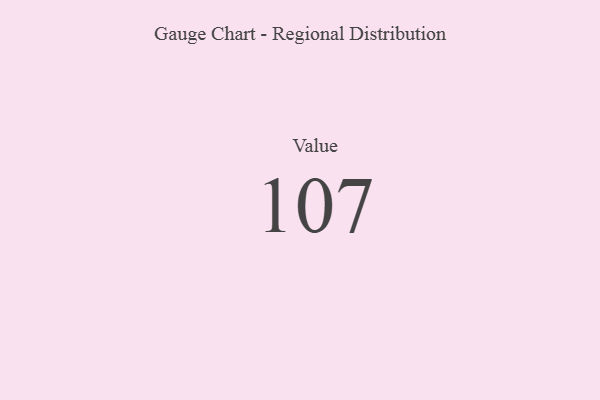
{"axis": {"x": "Metric", "y": "Value"}, "legend": [""], "data": [{"x": "Value", "y": 107, "type": ""}]}